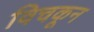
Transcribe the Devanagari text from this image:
विचकून